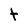
Character: t